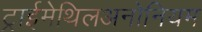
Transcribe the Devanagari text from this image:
ट्राईमेथिलअनोनियम